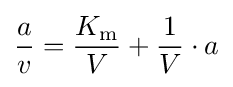
{\frac {a}{v}}={\frac {K_{\mathrm {m} }}{V}}+{\frac {1}{V}}\cdot a